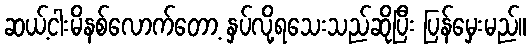
ဆယ့်ငါးမိနစ်လောက်တော့ နှပ်လို့ရသေးသည်ဆိုပြီး ပြန်မှေးမည်။